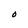
Character: O